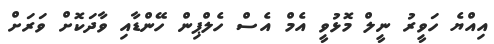
އިއްޔެ ހަވީރު ނީލް މޮޅުވީ އެމް އެސް ހެލްޕިން ހޭންޑާއި ވާދަކޮށް ވަރަށް